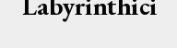
Labyrinthici